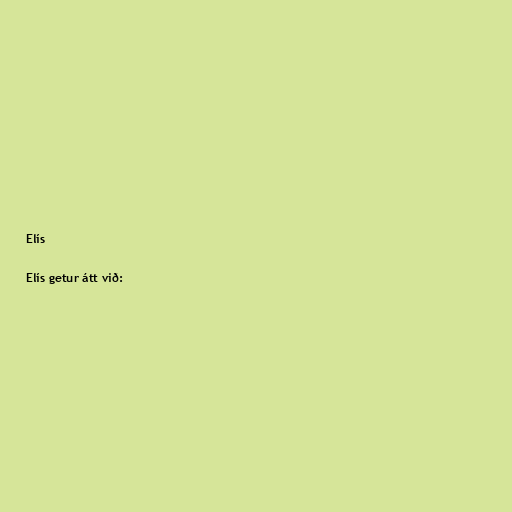
Elís

Elís getur átt við: